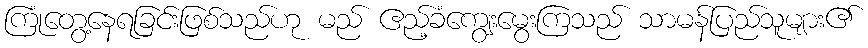
ကြုံတွေ့နေရခြင်းဖြစ်သည်ဟု မည် ဧည့်ခံကျွေးမွေးကြသည် သာမန်ပြည်သူများ၏